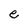
Character: e